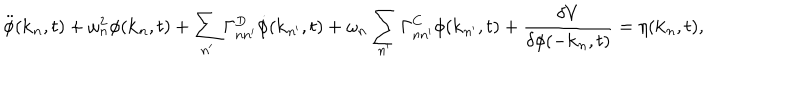
LaTeX: \ddot { \phi } ( { \bf k } _ { n } , t ) + \omega _ { n } ^ { 2 } \phi ( { \bf k } _ { n } , t ) + \sum _ { n ^ { \prime } } \Gamma _ { n n ^ { \prime } } ^ { D } { \dot { \phi } } ( { \bf k } _ { n ^ { \prime } } , t ) + \omega _ { n } \sum _ { n ^ { \prime } } \Gamma _ { n n ^ { \prime } } ^ { C } \phi ( { \bf k } _ { n ^ { \prime } } , t ) + \frac { \delta V } { \delta \phi ( - { \bf k } _ { n } , t ) } = \eta ( { \bf k } _ { n } , t ) ,